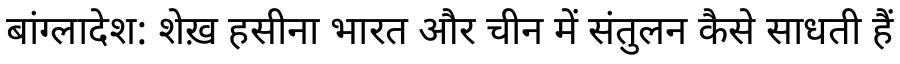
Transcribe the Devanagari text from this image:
बांग्लादेश: शेख़ हसीना भारत और चीन में संतुलन कैसे साधती हैं